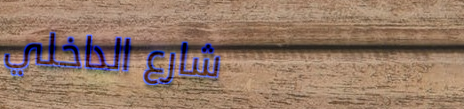
شارع الداخلي